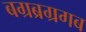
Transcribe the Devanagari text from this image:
बग्रब्रग्रगब